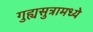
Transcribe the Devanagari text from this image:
गुह्यसुत्रामध्ये